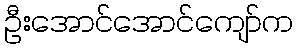
ဦးအောင်အောင်ကျော်က